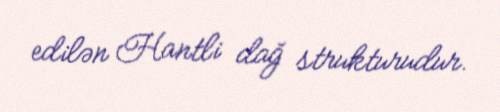
edilən Hantli dağ strukturudur.